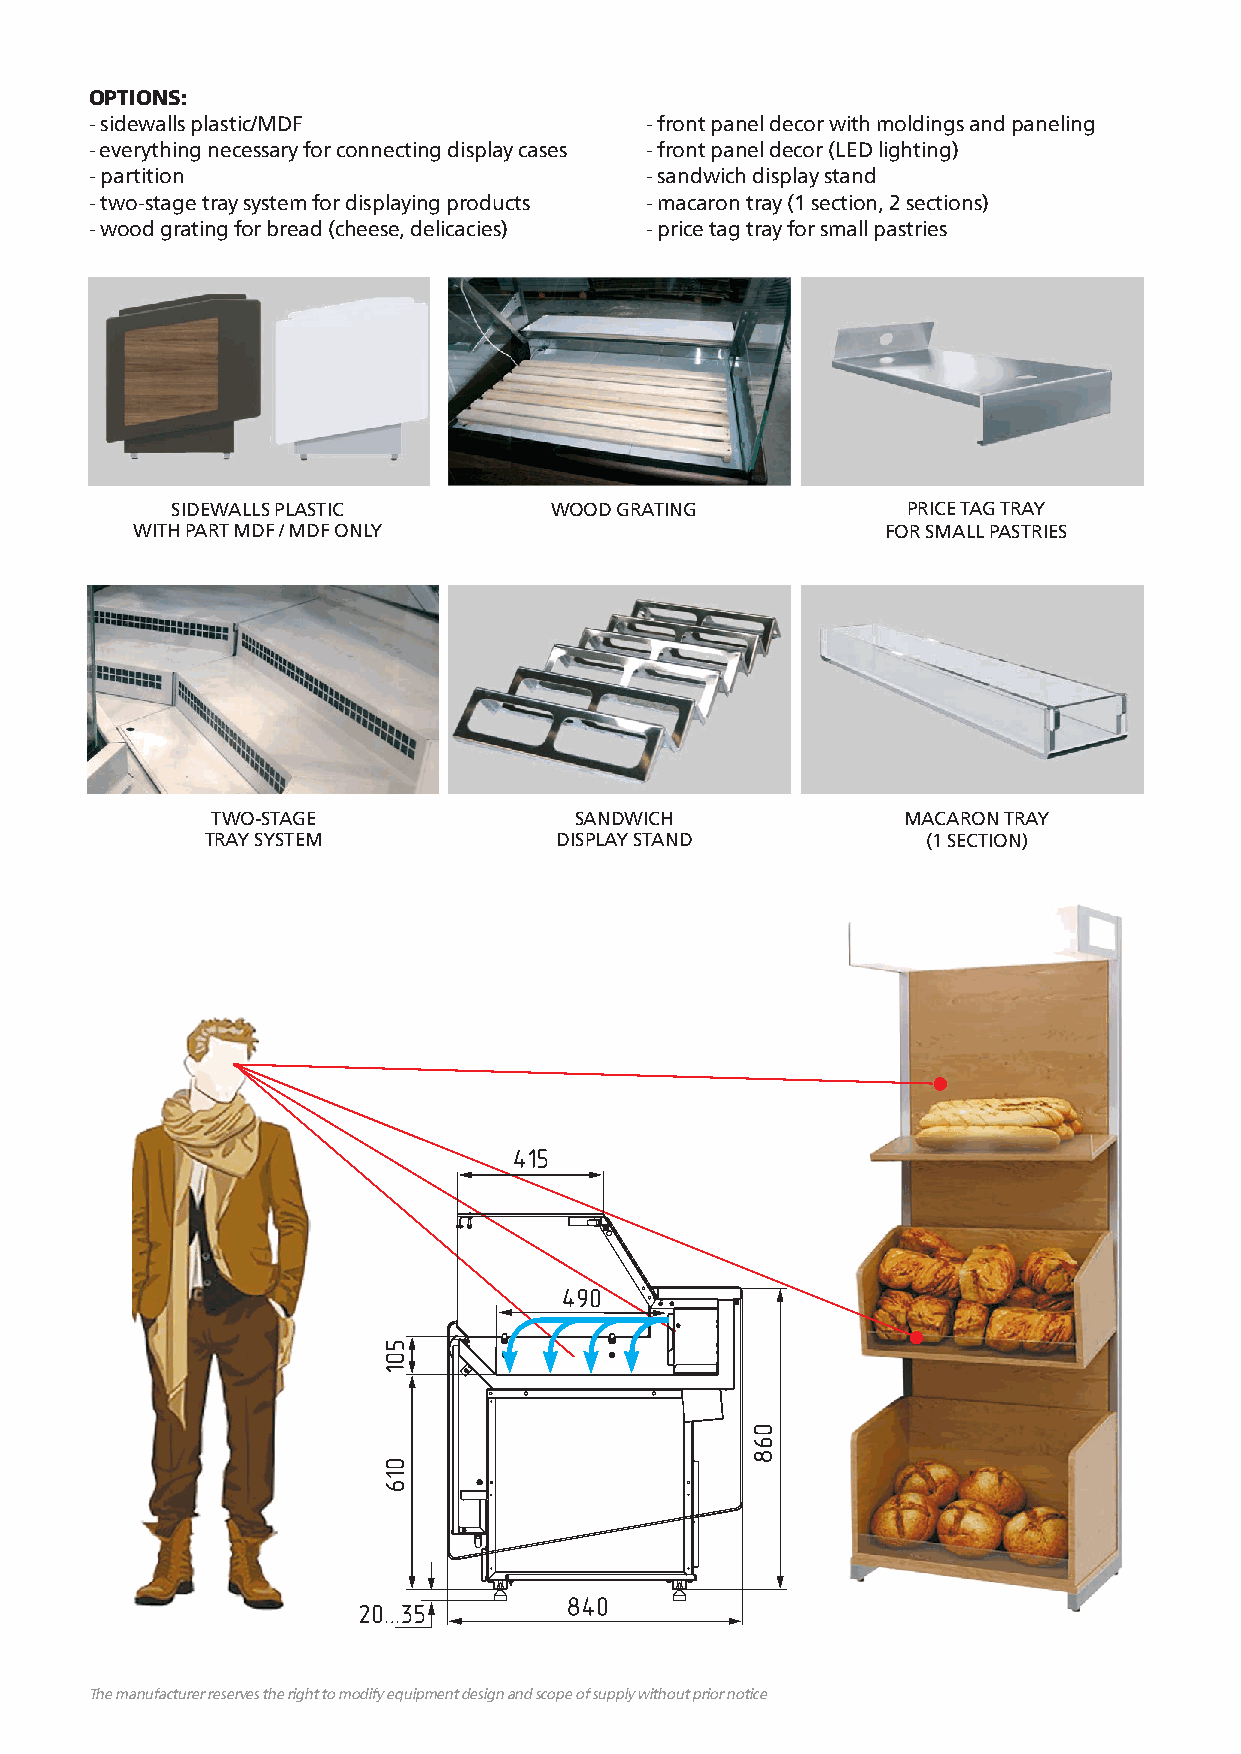
OPTIONS:
 - sidewalls plastic/MDF              - front panel decor with moldings and paneling
 - everything necessary for connecting display cases - front panel decor (LED lighting)
 - partition                          - sandwich display stand
 - two-stage tray system for displaying products - macaron tray (1 section, 2 sections)
 - wood grating for bread (cheese, delicacies) - price tag tray for small pastries
 SIDEWALLS PLASTIC        WOOD GRATING            PRICE TAG TRAY
 WITH PART MDF / MDF ONLY                          FOR SMALL PASTRIES
 TWO-STAGE               SANDWICH              MACARON TRAY
 TRAY SYSTEM            DISPLAY STAND           (1 SECTION)
 The manufacturer reserves the right to modify equipment design and scope of supply without prior notice The manufacturer reserves the right to modify equipment design and scope of supply without prior notice